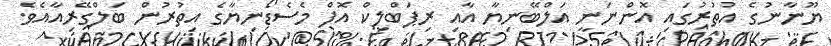
ޔޫނާނުގެ އުތުރުގައި އޮންނަނީ އަލްބޭނިޔާ އާއި ރިޕަބްލިކް އޮފް މެސެޑޯނިޔާގެ އިތުރުން ބަލްގޭރިއާއެވެ.